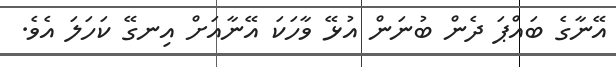
އޭނާގެ ބައްޕަ ދެން ބުނަން އުޅޭ ވާހަކަ އޭނާއަށް އިނގޭ ކަހަލަ އެވެ.